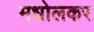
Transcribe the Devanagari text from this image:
मधोलकर